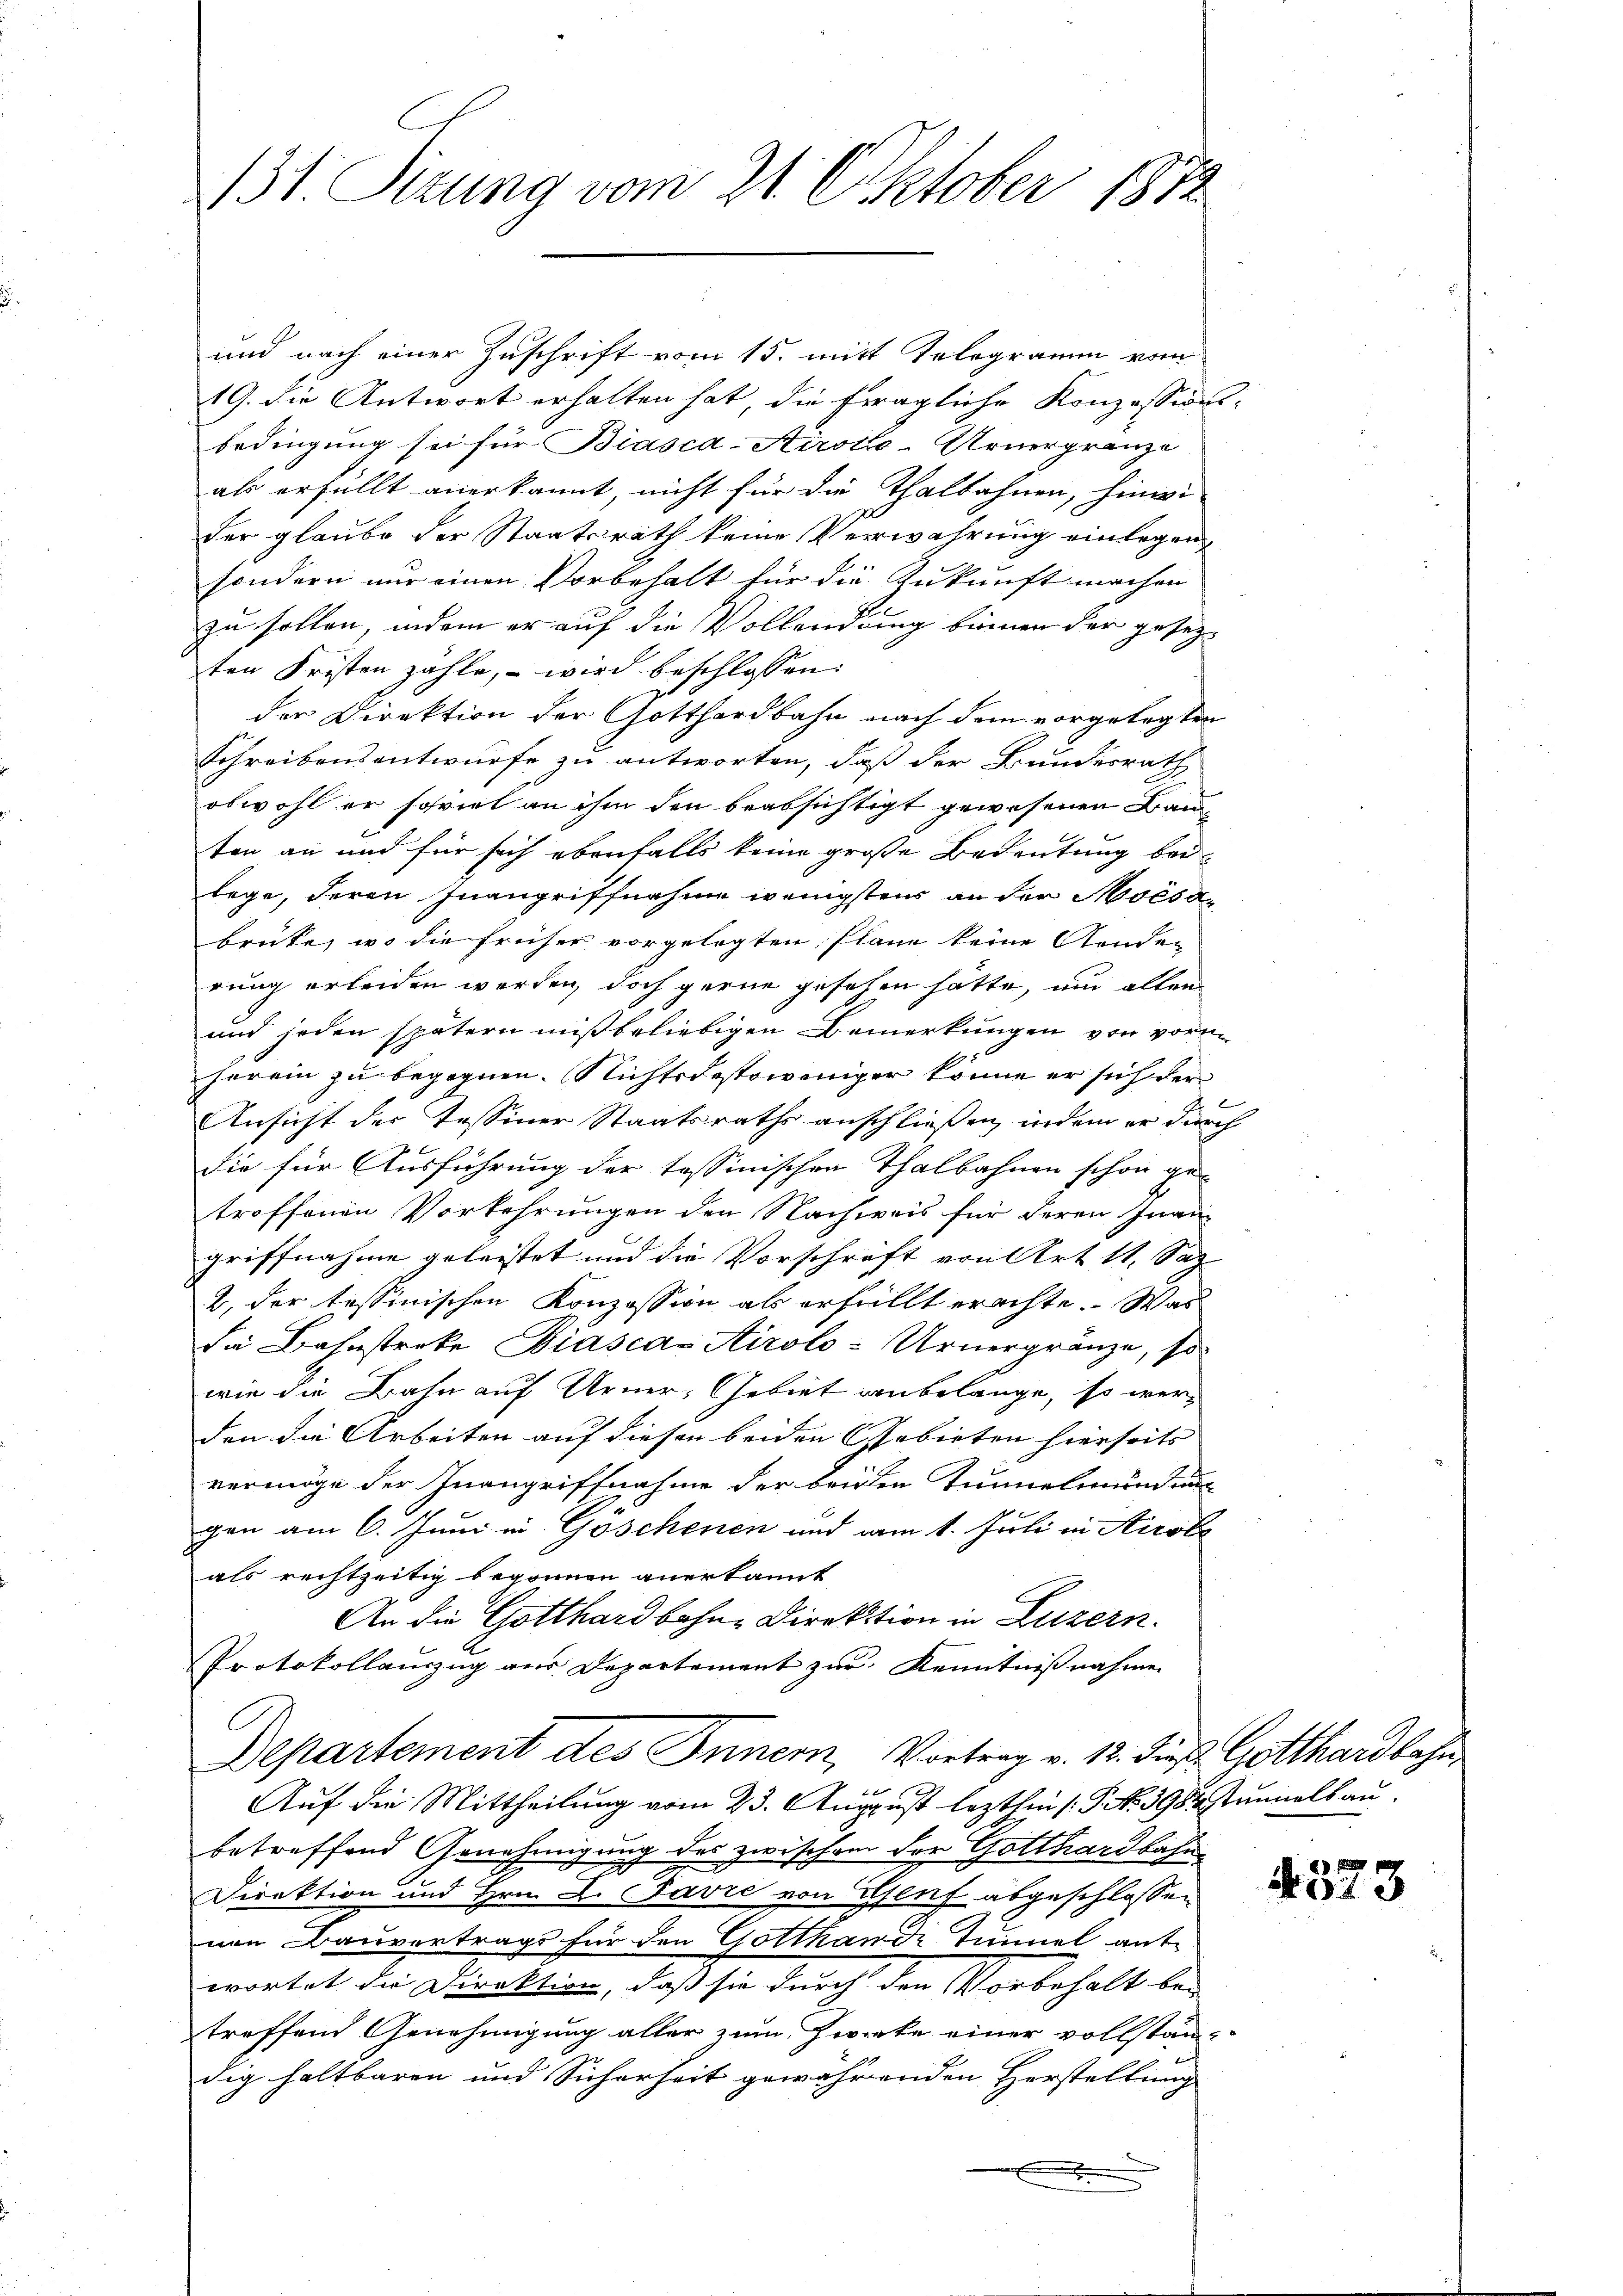
131 Sizung vom 21. Oktober 1872

und nach einer Zuschrift vom 15. mitt Telegramm vom
19. die Antwort erhalten hat, die fragliche Konzessionsbedingung sei für Biasca-Kiroto-Urnergränze
als erfüllt anerkannt, nicht für die Thalbahnen, hinwi-
der glaube der Staatsrath keine Verwahrung einlegen,
sondern nur einen Vorbehalt für die Zukunft machen
zu sollen, indem er auf die Vollendung binnen der gesetzten Fristen zahle, – wird beschlossen
der Direktion der Gotthardbahn nach dem vorgelegten
Schreibensentwurfe zu antworten, daß der Bundesrath
obwohl er soviel an ihm den beabsichtigt gewesenen Bau-
ten an und für sich ebenfalls keine große Bedeutung bei
lege, deren Inangriffnahme wenigstens an der Moésabrüte, wo die früher vorgelegten Plane keine Aenden
rung erleiden werden, doch gerne gesehen hätte, und allen
und jeden spätern mißbeliebigen Bemerkungen von vorn-
herein zu begegnen. Nichtsdestoweniger könne er sich der
l
Ansicht der Tessiner Staatsraths anschließen, indem er durch
die für Ausführung der tessinischen Thalbahnen schon ge-
troffenen Vorkehrungen den Nachweis für deren Inangriffnahme geleistet und die Vorschrift von Art. 11. Sep
2, der tessinischen Konzession als erfüllt erachte. Was
de Bahnstreke Biasca Airolo-Urnergränze, so
wie die Bahn auf Urner Gebiet anbelange, so werden die Arbeiten auf diesen beiden Gebieten hierseits
vermöge der Inangriffnahme der beiden Tunnelmundung
gen am 6. Juni in Göschenen und am 1. Juli in Airole
als rechtzeitig begonnen anerkannt
An die Gotthardbahne Direktion in Luzern.
Protokollauszug aus Departement zur Kenntnißnahme
Departement des Inner, Vortrag v. 12. Fies. Gotthardbahn
Auf die Mittheilung vom 23. August lezthin s. S. No. 3984. Junnalbau.
betreffend Genehmigung des zwischen der Gotthardbahn
Direktion und Hrn. L. Favre von Genf abgeschlossen
nen Bauvertrags für den Gotthande Tunnel antwortet die Direktion, daß sie durch den Vorbehalt bei
treffend Genehmigung aller zum Zwecke einer vollstän-
dig haltbaren und Sicherheit gewährenden Herstellung
.
.

92